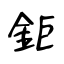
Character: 鉅